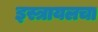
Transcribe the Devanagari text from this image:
इस्त्रायलचा